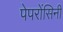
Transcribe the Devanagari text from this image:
पेपरोंसिनी